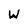
Character: W